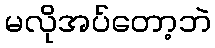
မလိုအပ်တော့ဘဲ